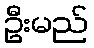
ဦးမည်